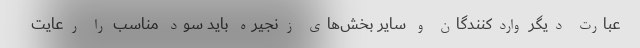
عبارت دیگر واردکنندگان و سایر بخش‌های زنجیره باید سود مناسب را رعایت